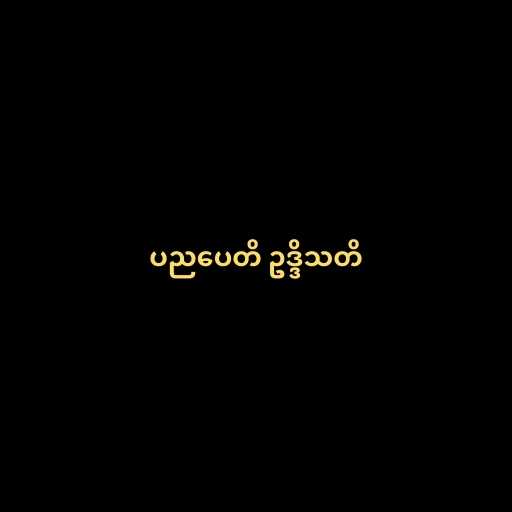
ပညပေတိ ဥဒ္ဒိသတိ